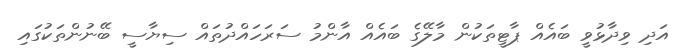
އަދި ވިދާޅުވީ ބައެއް ޕާޓީތަކުން މާލޭގެ ބައެއް އާންމު ސަރަހައްދުތައް ސިޔާސީ ބޭނުންތަކުގައި